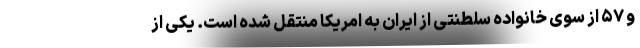
و ۵۷ از سوی خانواده سلطنتی از ایران به امریکا منتقل شده است. یکی از